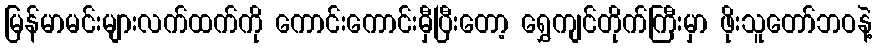
မြန်မာမင်းများလက်ထက်ကို ကောင်းကောင်းမှီပြီးတော့ ရွှေကျင်တိုက်ကြီးမှာ ဖိုးသူတော်ဘဝနဲ့